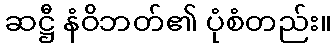
ဆဋ္ဌီ နံဝိဘတ်၏ ပုံစံတည်း။